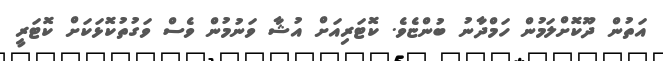
އަތުން ދޫކޮށްލަމުން ހަމްދާނު ބުންޏެވެ. ކޮޓަރިއަށް އުޝާ ވަނުމުން ވެސް ވަގުތުކޮޅަކަށް ކޮޓަރީ